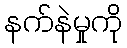
နက်နဲမှုကို